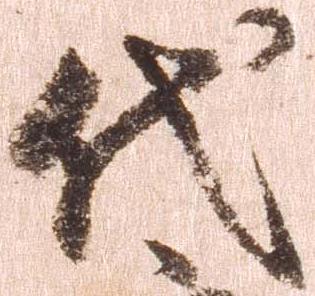
代